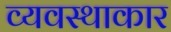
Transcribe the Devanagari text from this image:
व्यवस्थाकार